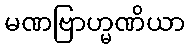
မဏဗြာဟ္မဏိယာ